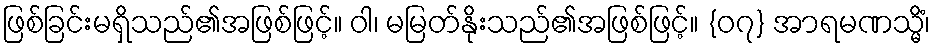
ဖြစ်ခြင်းမရှိသည်၏အဖြစ်ဖြင့်။ ဝါ၊ မမြတ်နိုးသည်၏အဖြစ်ဖြင့်။ {၀၇} အာရမဏသ္မိံ၊